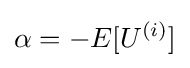
\alpha =-E[U^{(i)}]